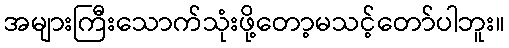
အများကြီးသောက်သုံးဖို့တော့မသင့်တော်ပါဘူး။